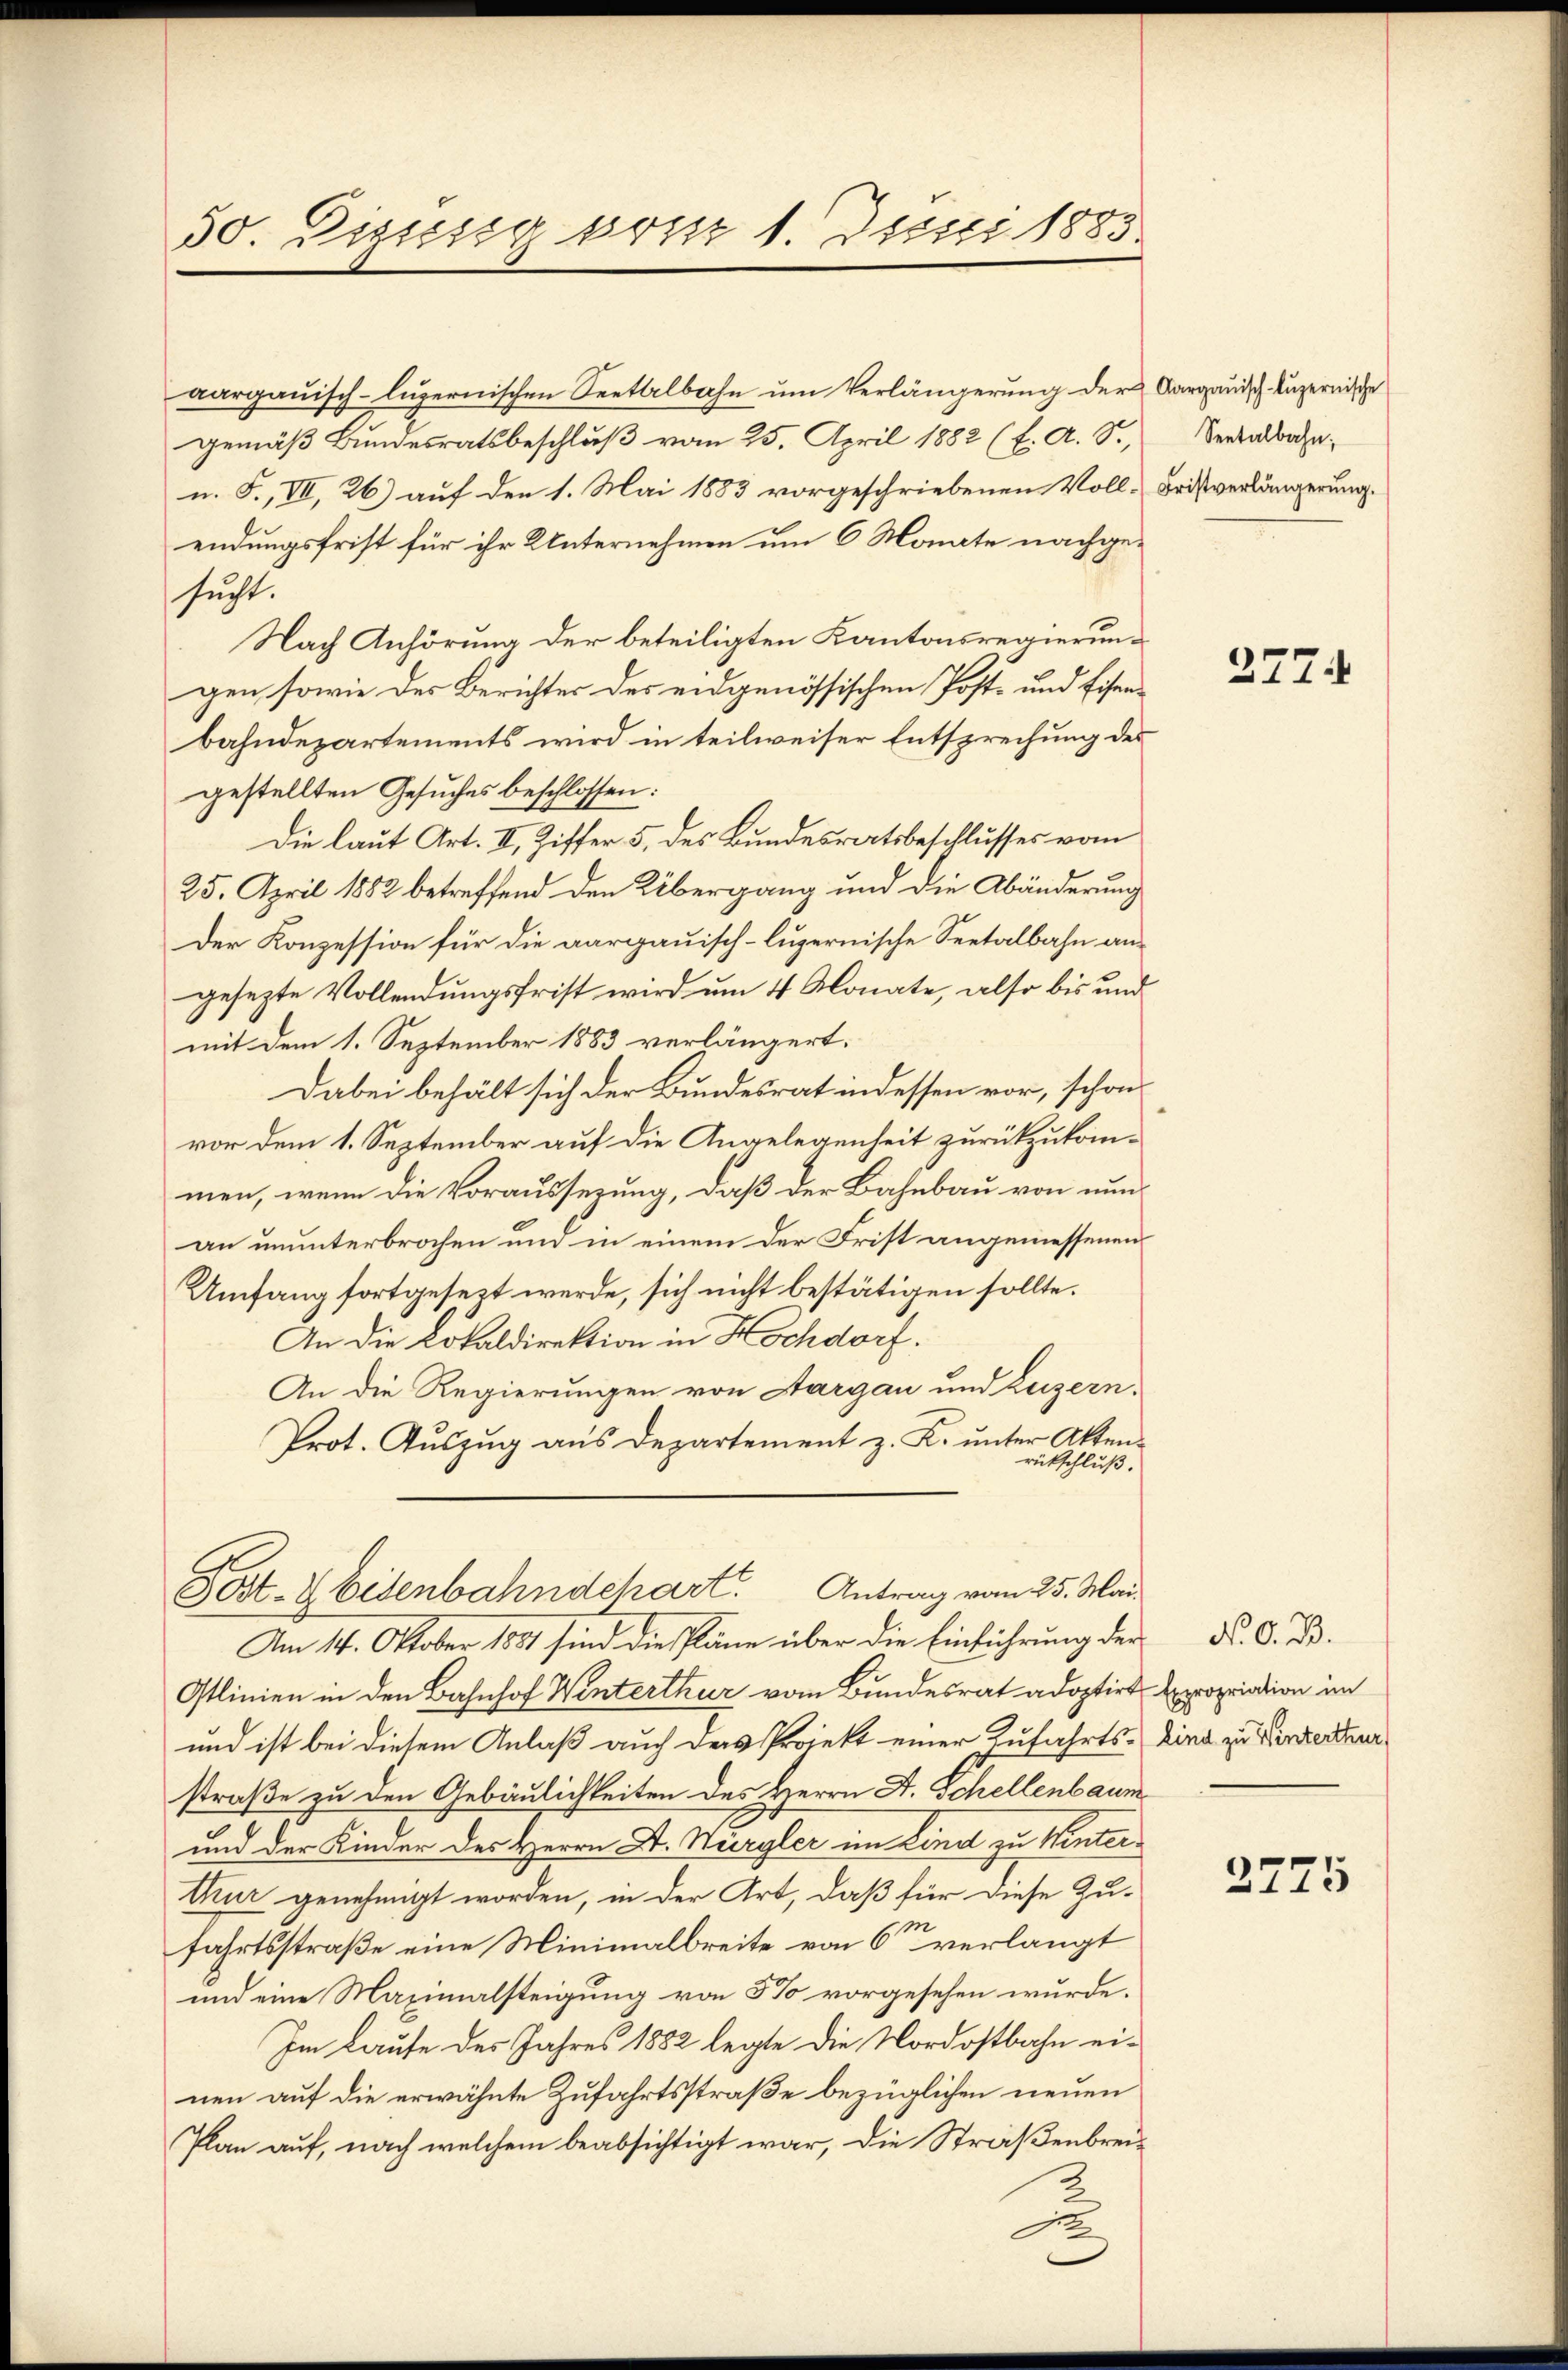
50. Disssig vom 1. Juni 1885.

aargauisch-lŭzernischen Seetalbahn ŭm Verlängerŭng der Aargauisch Luzernische
gemäß Bundesratsbeschluß vom 25. April 1882 (f. A. S.,
u. F., VII, 26) auf den 1. Mai 1885 vorgeschriebenen Vollendungsfrist für ihr Unternehmen um 6 Monate nachgesucht.
Nach Anhörung der beteiligten Kantonsregierungen sowie des Berichter des eidgenössischen Post- und Eisenbahndepartements wird in teilweiser Entsprechung des
gestellten Gesuches beschlossen:
Die laut Art. II, Ziffer 5 des Bundesratsbeschlusses vom
25. April 1882 betreffend den Übergang und die Abänderung
Der Konzession für die aargauisch-luzernische Seetalbahn angesezte Vollendungsfrist wird um 4 Monate, also bis und
mit dem 1. September 1883 verlängert.
Dabei behält sich der Bundesrat in dessen vor, schon
vor dem 1. September auf die Angelegenheit zurückzukommen, wenn die Vorausserung, daß der Bahnbau von nunan ununterbrochen und in einem der Frist angemessenen
Umfang fortgesezt werde, sich nicht bestätigen sollte.
An die Lokaldirektion in Hochdorf.
An die Regierungen von Aargau und Luzern,
Prot. Aŭszŭg aŭs Departement z. K. ŭnter Akten-
rückschluß.
Post- & Eisenbahndchart. Antrag vom 25. Mai
Am 14. Oktober 1881 sind die Pläne über die Einführung der Dr. O. Bd.
Otlinien in den Bahnhof Winterthur vom Bundesrat adoptirt Expropriation im
und ist bei diesem Anlaß auch des Projekt einer Zufahrts-Lina zu Vinderteur
straße zu den Gebäulichkeiten des Herrn D. Schellenbaum
und der Kinder des Herrn D. Würgler im Lind zu Winter¬
Arur genehmigt worden, in der Art, daß für diese Zu-
fahrtsstraße eine Minimalbreite von 6 verlangt
und eine Maximalsteigung von 5% vorgesehen wurde.
Im Laufe des Jahres 1882 legte die Nordostbahn einen auf die erwähnte Zufahrtsstraße bezüglichen neuen
Plan auf, nach welchem beabsichtigt war, die Straßenbrei¬

Seetalbahn,
Fristverlängerung.

2774

2775